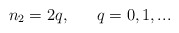
\begin{align*}n_{2} = 2 q, \ \ \ \ \ q = 0, 1, ...\end{align*}